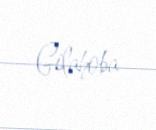
Gilahoba